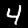
Digit: 4